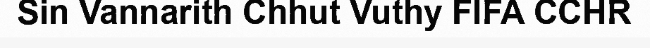
Sin Vannarith Chhut Vuthy FIFA CCHR